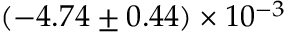
( - 4 . 7 4 \pm 0 . 4 4 ) \times 1 0 ^ { - 3 }